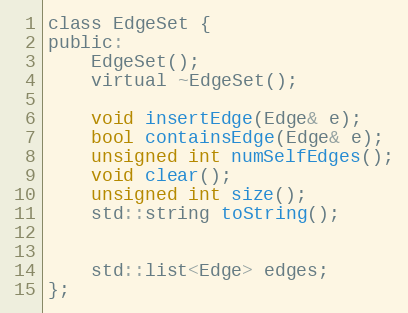
Language: C
class EdgeSet {
public:
	EdgeSet();
	virtual ~EdgeSet();

	void insertEdge(Edge& e);
	bool containsEdge(Edge& e);
	unsigned int numSelfEdges();
	void clear();
	unsigned int size();
	std::string toString();

	std::list<Edge> edges;
};